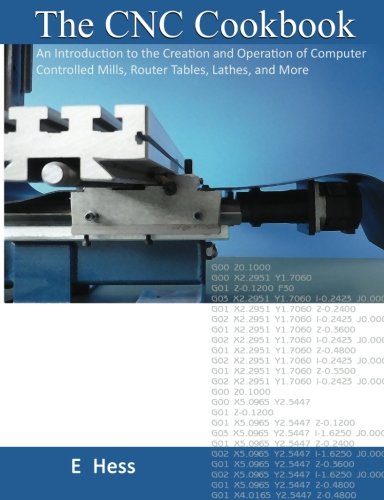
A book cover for The CNC Cookbook: An Introduction to the Creation and Operation of Computer Controlled Mills, Router Tables, Lathes, and More; E Hess; Computers & Technology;